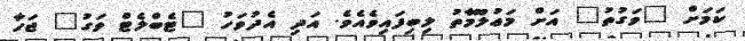
ކަމަށް "ވަގުތު" އަށް މަޢުލޫމާތު ލިބިފައިވެއެވެ. އަދި އެދުވަހު "ޓެބްލެޓް ވަގު" ޖަހާ